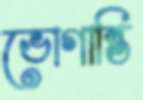
ভোগান্তি